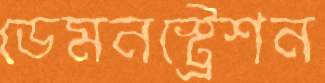
ডেমনস্ট্রেশন